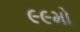
૯૯મો